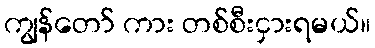
ကျွန်တော် ကား တစ်စီးငှားရမယ်။